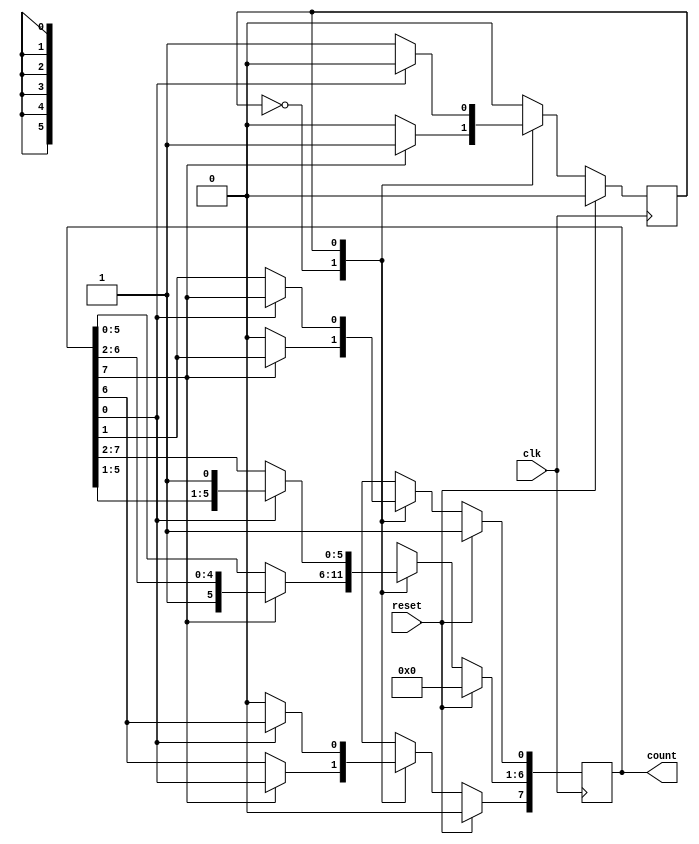
module shift_counter(output reg [7:0] count, input clk,reset);
reg w;
always @(posedge clk) begin
  if(reset) begin
    count <= 8'b0000_0001;
    w <= 0;
  end
  else begin
    case(w)
      0: begin
           if(count[7] == 1) begin
              w <= 1;
              count[6:0] <= count[7:1];
              count[7] <= count[0];
           end
           else begin
              count[7:1] <= count[6:0];
              count[0] <= count[7];
           end
         end

      1: begin
           if(count[0] == 1) begin
              w <= 0;
              count[7:1] <= count[6:0];
              count[0] <= count[7];
           end
           else begin
              count[6:0] <= count[7:1];
              count[7] <= count[0];
           end
         end
    endcase
  end


end
endmodule